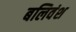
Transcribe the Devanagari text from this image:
बलिवंश